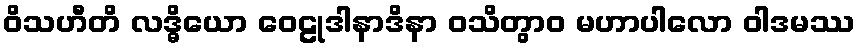
ဝိသဟီတိ လဒ္ဓိယော ဝေဠုဒါနာဒိနာ ဝသိတွာဝ မဟာပါလော ဝါဒမဿ